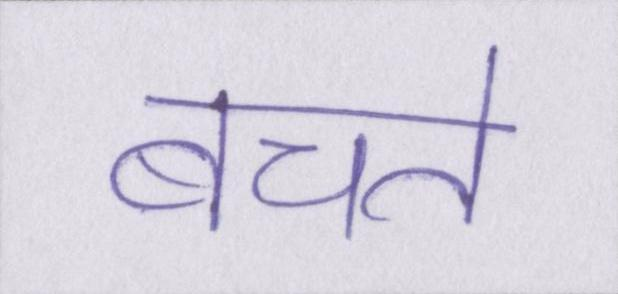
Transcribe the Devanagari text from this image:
बचते